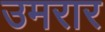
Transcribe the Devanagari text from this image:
उमरार